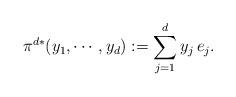
LaTeX: \begin{align*} \pi^{d*}(y_1,\cdots,y_d):=\sum_{j=1}^d y_j\,e_j.\end{align*}